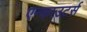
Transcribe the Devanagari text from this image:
एन्काउटर्स